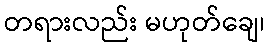
တရားလည်း မဟုတ်ချေ၊